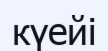
күейі